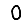
Digit: 0